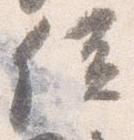
位